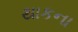
થાકના